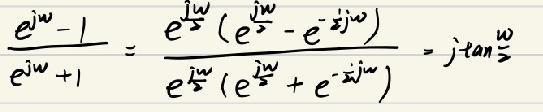
\[
\frac{e^{j\omega}-1}{e^{j\omega}+1}=\frac{e^{\frac{j\omega}{2}}(e^{\frac{j\omega}{2}}-e^{-j\frac{\omega}{2}})}{e^{\frac{j\omega}{2}}(e^{\frac{j\omega}{2}}+e^{-j\frac{\omega}{2}})} = j\tan\frac{\omega}{2}
\]